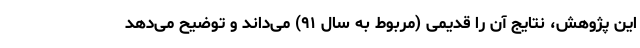
این پژوهش، نتایج آن را قدیمی (مربوط به سال ۹۱) می‌داند و توضیح می‌دهد